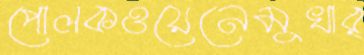
পোলকওয়েনেমুখার্